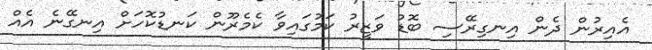
އެއިރުން ދެން އިނގިރޭސި ބޮޑު ވަޒީރު ކަމުގައިވާ ކެމެރޫން ކަނޑުކޮހަށް އިނގޭނެ އެއް